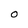
Character: O